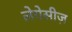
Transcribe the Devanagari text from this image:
लेगेसीज़